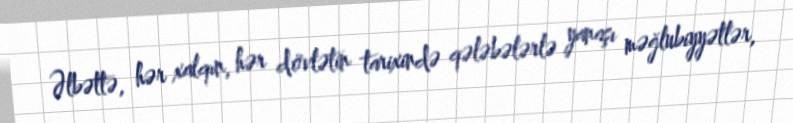
Əlbəttə, hər xalqın, hər dövlətin tarixində qələbələrlə yanaşı məğlubiyyətlər,